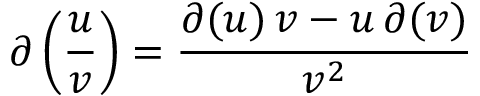
\partial \left( { \frac { u } { v } } \right) = { \frac { \partial ( u ) \, v - u \, \partial ( v ) } { v ^ { 2 } } }